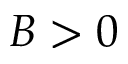
B > 0